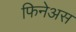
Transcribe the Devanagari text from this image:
फिनेअस